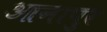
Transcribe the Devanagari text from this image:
आनापुर